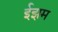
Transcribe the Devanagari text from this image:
ईझम